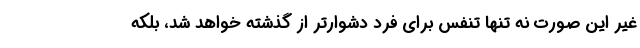
غیر این صورت نه تنها تنفس برای فرد دشوارتر از گذشته خواهد شد، بلکه